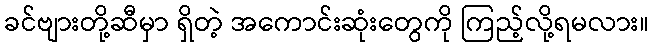
ခင်ဗျားတို့ဆီမှာ ရှိတဲ့ အကောင်းဆုံးတွေကို ကြည့်လို့ရမလား။